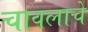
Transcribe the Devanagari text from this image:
चावलाचे